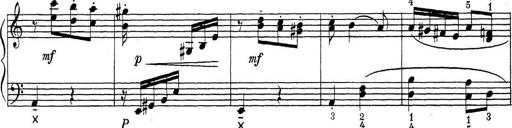
Title: ÄŒeskÃ© Sonatiny
Composer: Various